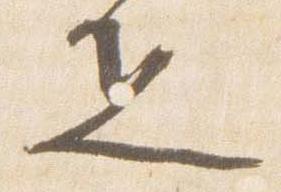
疋